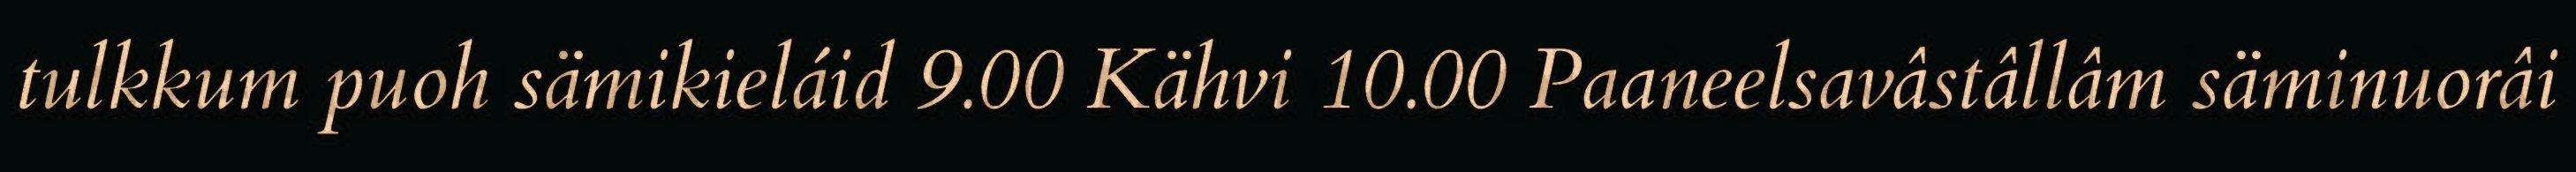
tulkkum puoh sämikieláid 9.00 Kähvi 10.00 Paaneelsavâstâllâm säminuorâi